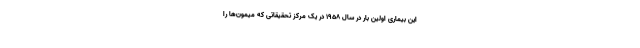
این بیماری اولین بار در سال ۱۹۵۸ در یک مرکز تحقیقاتی که میمون‌ها را